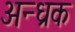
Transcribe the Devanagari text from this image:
अन्ध्रक